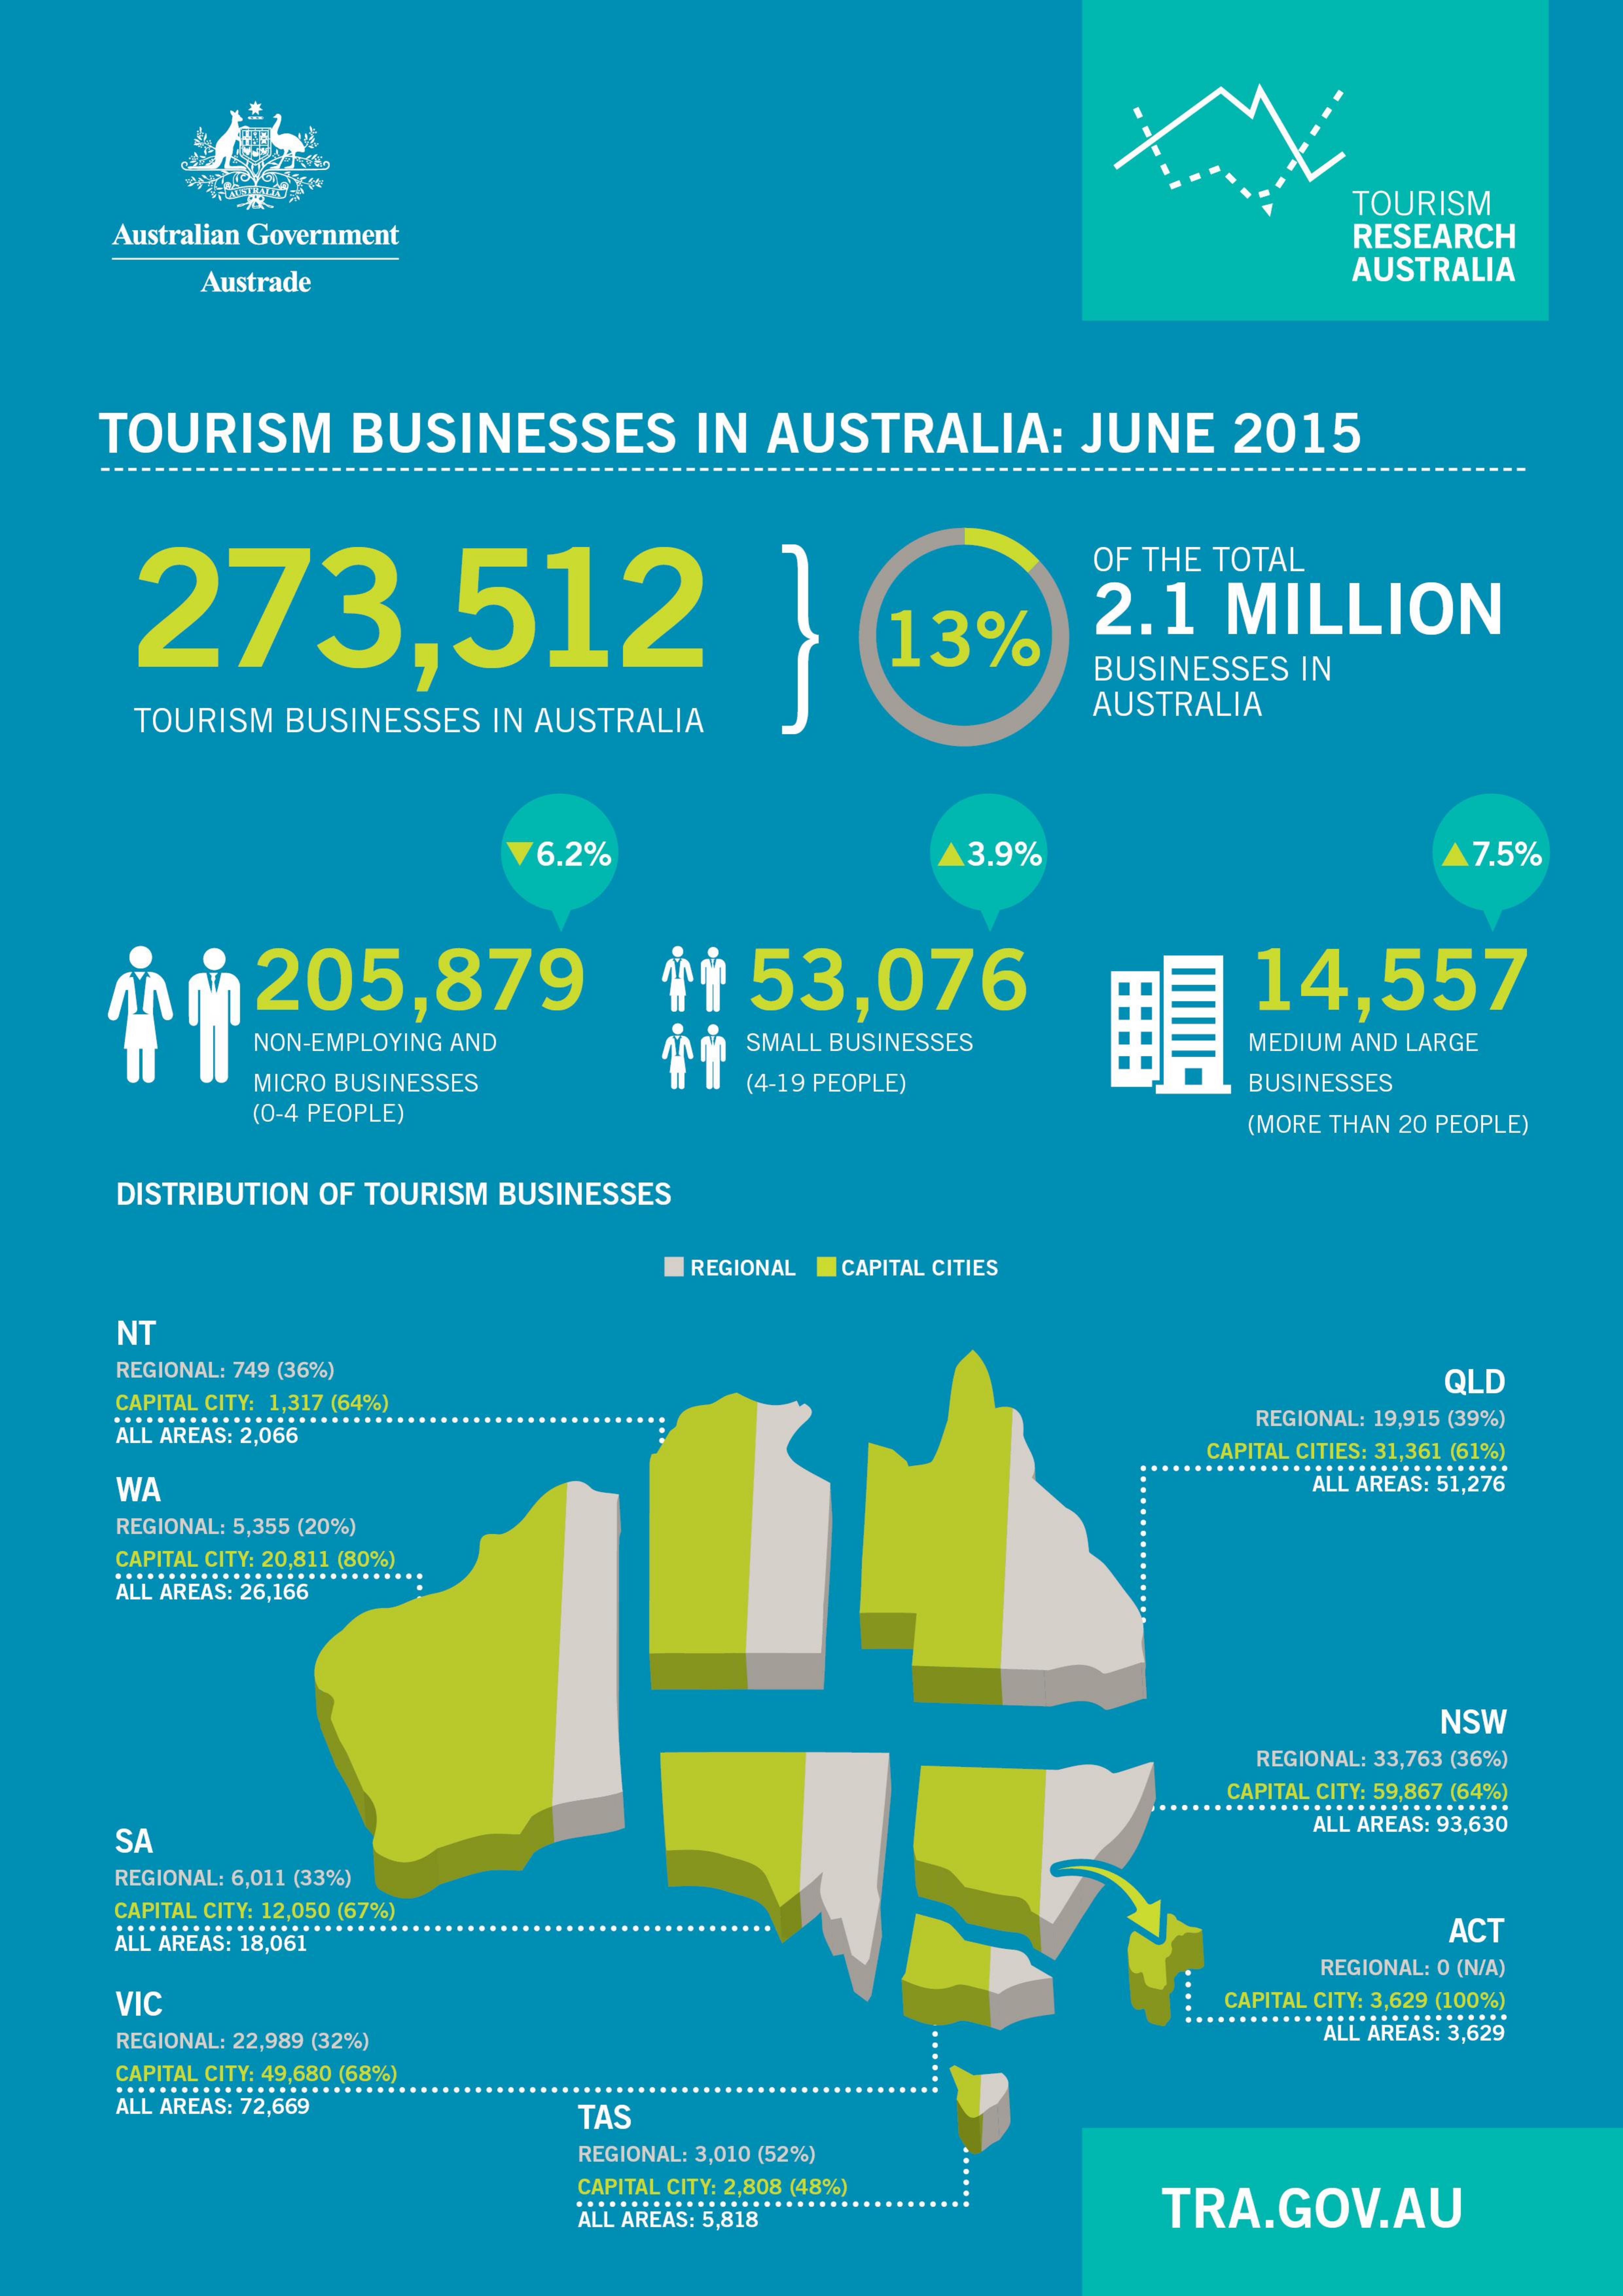
TOURISM
     Australian Government    RESEARCH
     Austrade    AUSTRALIA
    TOURISM  BUSINESSES   IN AUSTRALIA: JUNE  2015
     273,512
     OF THE TOTAL
     13%    2.1 MILLION
     BUSINESSES IN
     TOURISM BUSINESSES IN AUSTRALIA    AUSTRALIA
     76.2%    3.9%    7.5%
    MM205,879    **  53,076    14,557
     NON-EMPLOYING AND SMALL BUSINESSES  MEDIUM AND LARGE
     MICRO BUSINESSES  (4-19 PEOPLE)    BUSINESSES
     (0-4 PEOPLE)    (MORE THAN 20 PEOPLE)
     DISTRIBUTION OF TOURISM BUSINESSES
     REGIONAL I CAPITAL CITIES
     NT
     REGIONAL: 749 (36%)    QLD
     CAPITAL CITY: 1,317 (64%)
     ALL AREAS: 2,066
     REGIONAL: 19,915 (39%)
     CAPITAL CITIES: 31,361 (61%)
     WA
     ...........................
     ALL AREAS: 51,276
     REGIONAL: 5,355 (20%)
     CAPITAL CITY: 20,811 (80%)
     .............................
     ALL AREAS: 26,166
     NSW
     REGIONAL: 33,763 (36%)
     CAPITAL CITY: 59,867 (64%)
     ......................
     SA
     ALL AREAS: 93,630
     REGIONAL: 6,011 (33%)
     CAPITAL CITY: 12,050 (67%)
     ALL AREAS: 18,061
     ACT
     REGIONAL: 0 (N/A)
     ....: VIC CAPITAL CITY: 3,629 (100%)
     ..............
     ......
     REGIONAL: 22,989 (32%)    ALL AREAS: 3,629
     CAPITAL CITY: 49,680 (68%)
     ALL AREAS: 72,669
     TAS
     REGIONAL: 3,010 (52%)
     CAPITAL CITY: 2,808 (48%)
     TRA.GOV.AU ALL AREAS: 5,818